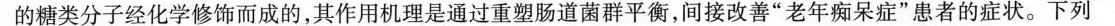
的糖类分子经化学修饰而成的,其作用机理是通过重塑肠道菌群平衡,间接改善“老年痴呆症”患者的症状。下列